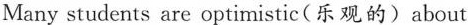
Many students are optimistic(乐观的)about